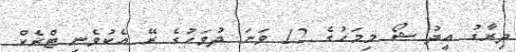
ދިރާގު އީދު ޝޯ މިމަހުގެ 12 ވަނަ ދުވަހުގެ ރޭ އެކުވެނި ޓްރެކް